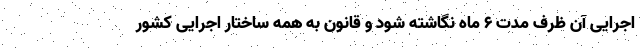
اجرایی آن ظرف مدت ۶ ماه نگاشته شود و قانون به همه ساختار اجرایی کشور